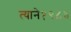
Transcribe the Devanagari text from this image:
त्याने१९८३